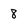
Character: 8